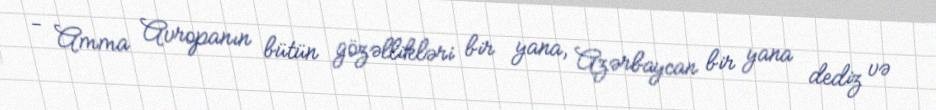
- Amma Avropanın bütün gözəllikləri bir yana, Azərbaycan bir yana dediz və